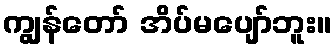
ကျွန်တော် အိပ်မပျော်ဘူး။